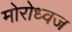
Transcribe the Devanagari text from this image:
मोरोध्‍वज